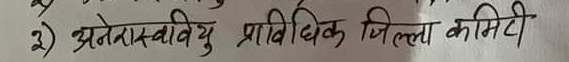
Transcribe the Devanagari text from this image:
अनेरास्ववियु प्राविधिक जिल्ला कमिटी